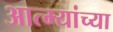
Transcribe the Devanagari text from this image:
आत्म्यांच्या